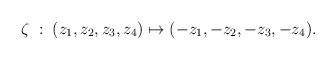
\begin{align*}\zeta\;:\;(z_1,z_2,z_3,z_4)\mapsto(-z_1,-z_2,-z_3,-z_4).\end{align*}